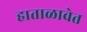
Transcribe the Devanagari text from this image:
हाताळावेत